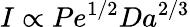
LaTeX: I\propto Pe^{1/2}Da^{2/3}